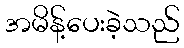
အမိန့်ပေးခဲ့သည်